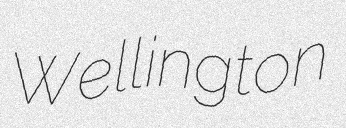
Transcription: Wellington